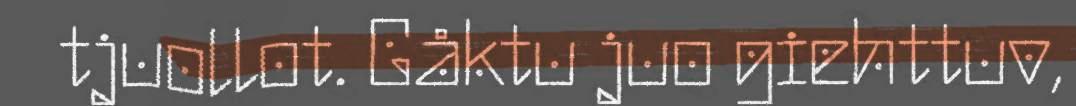
tjuollot. Gåktu juo giehttuv,